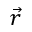
\vec { r }